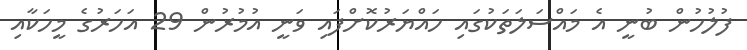
ފުލުހުން ބުނީ އެ މައްސަލަތަކުގައިި ހައްޔަރުކޮށްފައި ވަނީ އުމުރުން 29 އަހަރުގެ މީހަކާއި